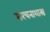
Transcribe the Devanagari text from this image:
संरचनाशास्त्र